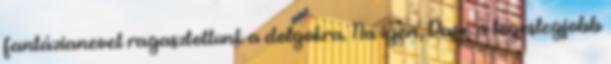
fantázianevet ragasztottunk a dolgokra. Na igen, Dave a legeslegjobb